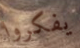
يفكروا